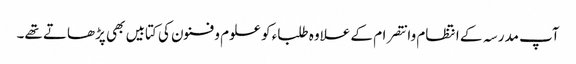
آپ مدرسہ کے انتظام وانتصرام کے علاوہ طلباء کو علوم و فنون کی کتابیں بھی پڑھاتے تھے۔